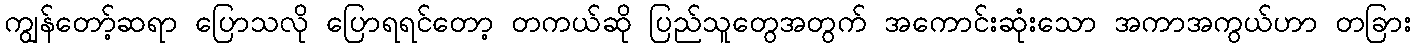
ကျွန်တော့်ဆရာ ပြောသလို ပြောရရင်တော့ တကယ်ဆို ပြည်သူတွေအတွက် အကောင်းဆုံးသော အကာအကွယ်ဟာ တခြား